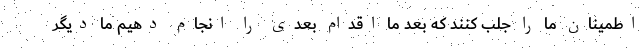
اطمینان ما را جلب کنند که بعد ما اقدام بعدی را انجام دهیم ما دیگر